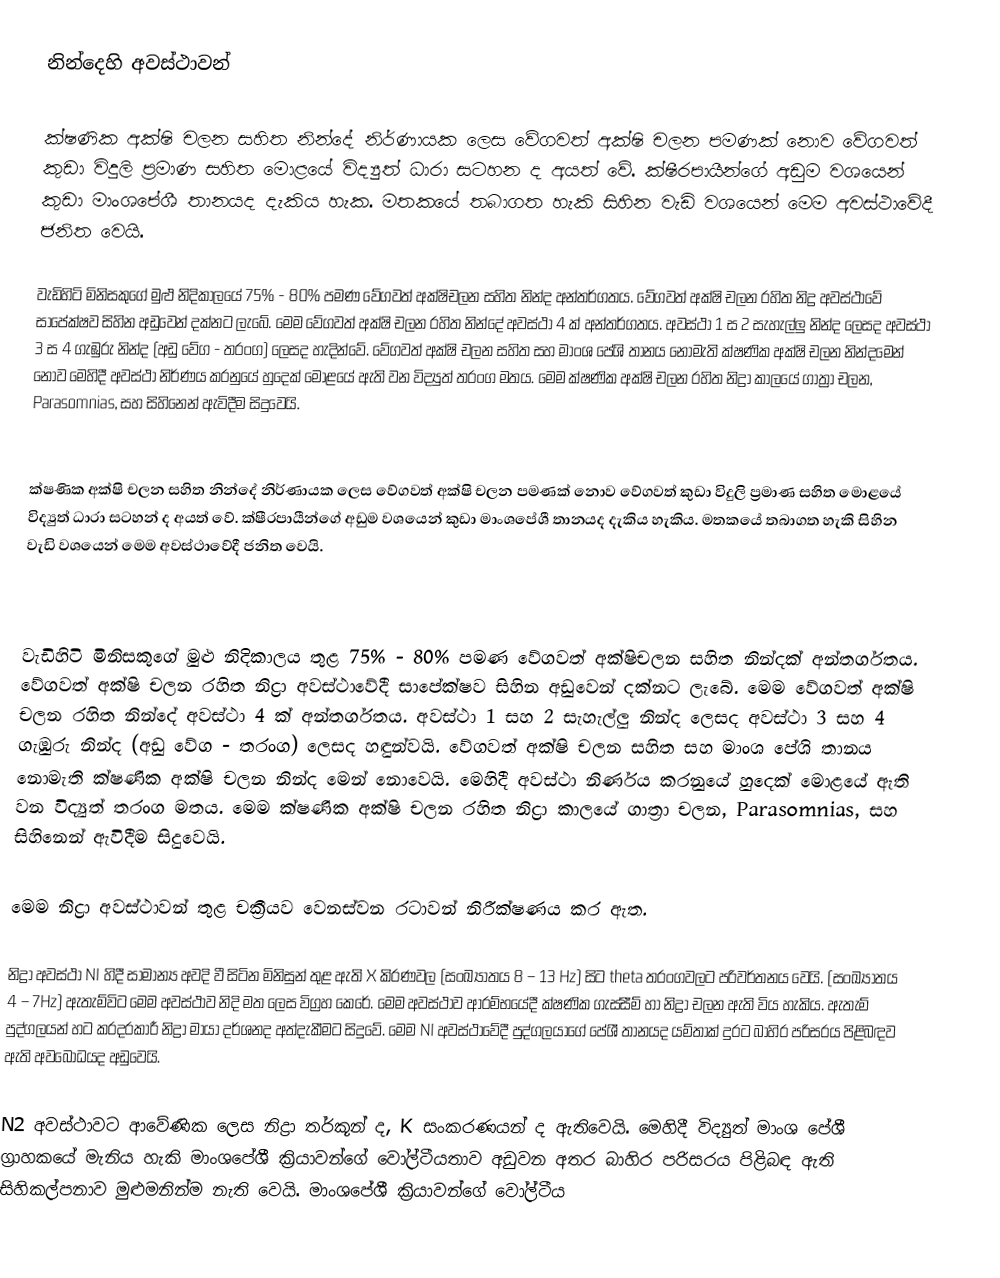
නින්දෙහි අවස්ථාවන්

ක්ෂණික අක්ෂි චලන සහිත නින්දේ නිර්ණායක ලෙස වේගවත් අක්ෂි චලන පමණක් නොව වේගවත් කුඩා විදුලි ප්‍රමාණ සහිත මොළයේ විද්‍යුත් ධාරා සටහන ද අයත් වේ. ක්ෂීරපායීන්ගේ අඩුම වශයෙන් කුඩා මාංශපේශී තානයද දැකිය හැක. මතකයේ තබාගත හැකි සිහින වැඩි වශයෙන් මෙම අවස්ථාවේදී ජනිත වෙයි.

වැඩිහිටි මිනිසකුගේ මුළු නිදිකාලයේ 75% - 80% පමණ වේගවත් අක්ෂිචලන සහිත නින්ද අන්තර්ගතය. වේගවත් අක්ෂි චලන රහිත නිද්‍ර අවස්ථාවේ සාපේක්ෂව සිහින අඩුවෙන් දක්නට ලැබේ. මෙම වේගවත් අක්ෂි චලන රහිත නින්දේ අවස්ථා 4 ක් අන්තර්ගතය. අවස්ථා 1 ස 2 සැහැල්ලු නින්ද ලෙසද අවස්ථා 3 ස 4 ගැඹුරු නින්ද (අඩු වේග - තරංග) ලෙසද හැදින්වේ. වේගවත් අක්ෂි චලන සහිත සහ මාංශ පේශි තානය නොමැති ක්ෂණික අක්ෂි චලන නින්දමෙන් නොව මෙහිදී අවස්ථා නිර්ණය කරනුයේ හුදෙක් මොළයේ ඇති වන විද්‍යුත් තරංග මතය. මෙම ක්ෂණික අක්ෂි චලන රහිත නිද්‍රා කාලයේ ගාත්‍රා චලන, Parasomnias, සහ සිහිනෙන් ඇවිදීම සිදුවෙයි.

ක්ෂණික අක්ෂි චලන සහිත නින්දේ නිර්ණායක ලෙස වේගවත් අක්ෂි චලන පමණක් නොව වේගවත් කුඩා විදුලි ප්‍රමාණ සහිත මොළයේ විද්‍යුත් ධාරා සටහන් ද අයත් වේ. ක්ෂීරපායීන්ගේ අඩුම වශයෙන් කුඩා මාංශපේශී තානයද දැකිය හැකිය. මතකයේ තබාගත හැකි සිහින වැඩි වශයෙන් මෙම අවස්ථාවේදී ජනිත වෙයි.

වැඩිහිටි මිනිසකුගේ මුළු නිදිකාලය තුළ 75% - 80% පමණ වේගවත් අක්ෂිචලන සහිත නින්දක් අන්තර්ගතය. වේගවත් අක්ෂි චලන රහිත නිද්‍රා අවස්ථාවේදී සාපේක්ෂව සිහින අඩුවෙන් දක්නට ලැබේ. මෙම වේගවත් අක්ෂි චලන රහිත නින්දේ අවස්ථා 4 ක් අන්තර්ගතය. අවස්ථා 1 සහ 2 සැහැල්ලු නින්ද ලෙසද අවස්ථා 3 සහ 4 ගැඹුරු නින්ද (අඩු වේග - තරංග) ලෙසද හඳුන්වයි. වේගවත් අක්ෂි චලන සහිත සහ මාංශ පේශි තානය නොමැති ක්ෂණික අක්ෂි චලන නින්ද මෙන් නොවෙයි. මෙහිදී අවස්ථා නිර්ණය කරනුයේ හුදෙක් මොළයේ ඇති වන විද්‍යුත් තරංග මතය. මෙම ක්ෂණික අක්ෂි චලන රහිත නිද්‍රා කාලයේ ගාත්‍රා චලන, Parasomnias, සහ සිහිනෙන් ඇවිදීම සිදුවෙයි.

මෙම නිද්‍රා අවස්ථාවන් තුළ චක්‍රීයව වෙනස්වන රටාවන් නිරීක්ෂණය කර ඇත.

නිද්‍රා අවස්ථා NI හිදී සාමාන්‍ය අවදි වී සිටින මිනිසුන් තුළ ඇති X කිරණවල (සංඛ්‍යාතය 8 – 13 Hz) සිට theta තරංගවලට පරිවර්තනය වෙයි. (සංඛ්‍යාතය 4 – 7Hz) ඇතැම්විට මෙම අවස්ථාව නිදි මත ලෙස විග්‍රහ කෙරේ. මෙම අවස්ථාව ආරම්භයේදී ක්ෂණික ගැස්සීම් හා නිද්‍රා චලන ඇති විය හැකිය. ඇතැම් පුද්ගලයන් හට කරදරකාරී නිද්‍රා මායා දර්ශනද අත්දැකීමට සිදුවේ. මෙම NI අවස්ථාවේදී පුද්ගලයාගේ පේශී තානයද යම්තාක් දුරට බාහිර පරිසරය පිළිබඳව ඇති අවබෝධයද අඩුවෙයි.

N2 අවස්ථාවට ආවේණික ලෙස නිද්‍රා තර්කූන් ද, K සංකරණයන් ද ඇතිවෙයි. මෙහිදී විද්‍යුත් මාංශ පේශී ග්‍රාහකයේ මැනිය හැකි මාංශපේශී ක්‍රියාවන්ගේ වෝල්ටීයතාව අඩුවන අතර බාහිර පරිසරය පිළිබඳ ඇති සිහිකල්පනාව මුළුමනින්ම නැති වෙයි. මාංශපේශී ක්‍රියාවන්ගේ වෝල්ටීය